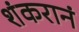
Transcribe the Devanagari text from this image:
शंकरानं